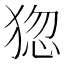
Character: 㺀